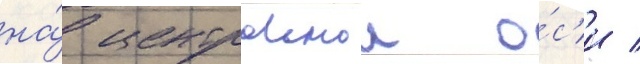
на́ центральнои о́с'и /